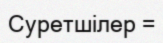
Суретшілер =